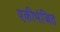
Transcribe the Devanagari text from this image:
एकीभंजित